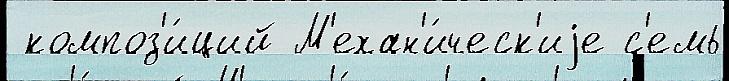
 композ'и́ций М'ехан'и́ческ'иjе с'емь